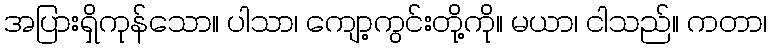
အပြားရှိကုန်သော။ ပါသာ၊ ကျော့ကွင်းတို့ကို။ မယာ၊ ငါသည်။ ကတာ၊